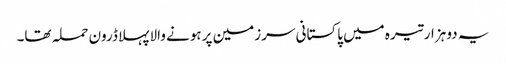
یہ دو ہزار تیرہ میں پاکستانی سرزمین پر ہونے والا پہلا ڈرون حملہ تھا۔